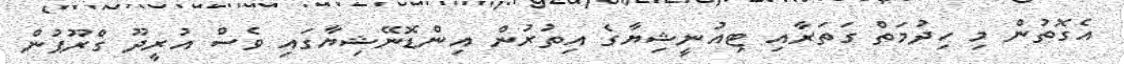
އެގޮތުން މި ހިދުމަތް ގަތަރާއި ޓިއުނީޝިޔާގެ އިތުރުން އިންޑޮނޭޝިޔާގައި ވެސް އުރީދޫ ގްރޫޕުން